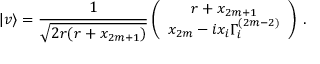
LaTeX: | v \rangle = { \frac { 1 } { \sqrt { 2 r ( r + x _ { 2 m + 1 } ) } } } \left( \begin{array} { c } { { r + x _ { 2 m + 1 } } } \\ { { x _ { 2 m } - i x _ { i } \Gamma _ { i } ^ { ( 2 m - 2 ) } } } \end{array} \right) \; .